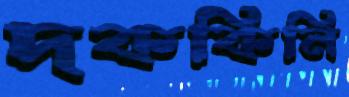
দককিনি